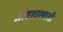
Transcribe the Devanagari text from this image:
जीवशास्त्राशी